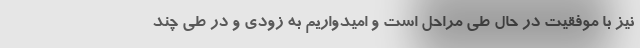
نیز با موفقیت در حال طی مراحل است و امیدواریم به زودی و در طی چند